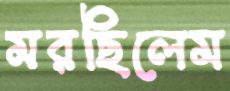
মরছিলেম